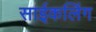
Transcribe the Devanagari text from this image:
साईकलिंग